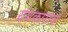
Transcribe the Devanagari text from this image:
ग्रंथकारांचे